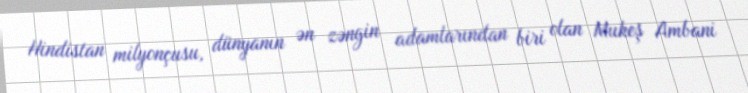
Hindistan milyonçusu, dünyanın ən zəngin adamlarından biri olan Mukeş Ambani